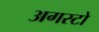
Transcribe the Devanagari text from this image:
अगस्टो